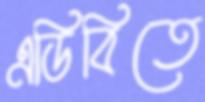
এডিবিতে